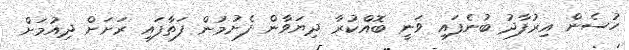
ހުސެން އިރުފާދު ބުނެފައި ވަނީ ބޮއްކުރާ ދިޔަވާން ފެށުމުން ފަތާފައި ރަށަށް ދިއުމަށް